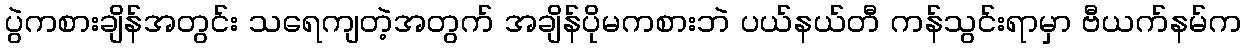
ပွဲကစားချိန်အတွင်း သရေကျတဲ့အတွက် အချိန်ပိုမကစားဘဲ ပယ်နယ်တီ ကန်သွင်းရာမှာ ဗီယက်နမ်က